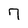
Character: 7